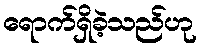
ရောက်ရှိခဲ့သည်ဟု